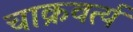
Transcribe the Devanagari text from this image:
चाक्रवर्त्य